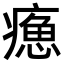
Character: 𤹸